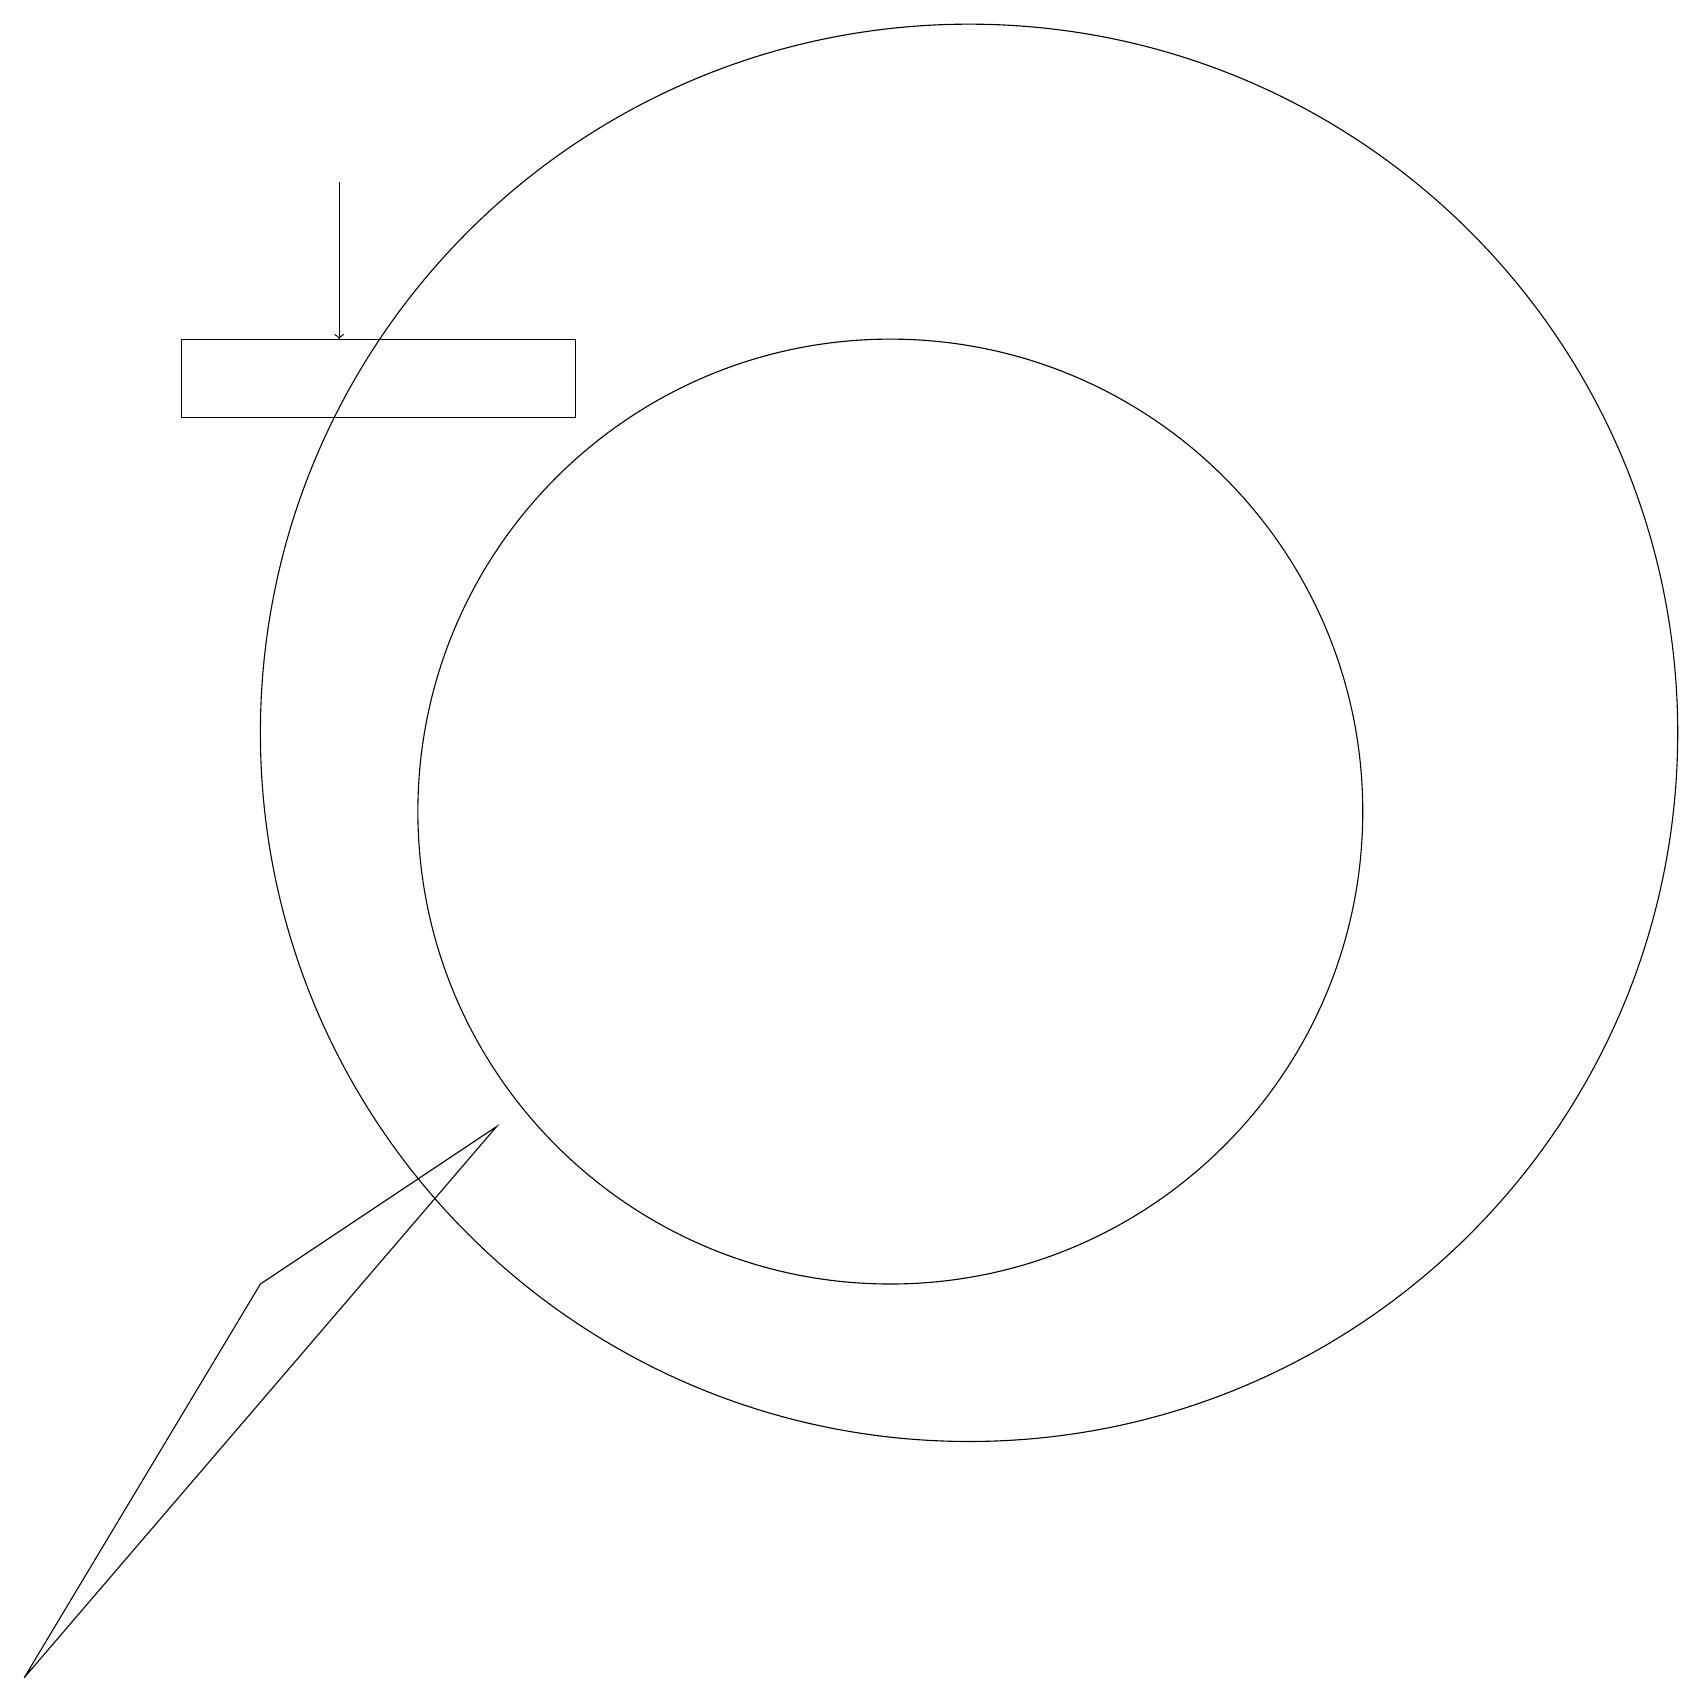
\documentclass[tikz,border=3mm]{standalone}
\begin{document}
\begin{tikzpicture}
\draw (11,11) circle (6);
\draw[->] (4,19) -- (4,17);
\draw (12,12) circle (9);
\draw (0,0) -- (3,5) -- (6,7) -- cycle;
\draw (2,16) rectangle (7,17);
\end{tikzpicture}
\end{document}